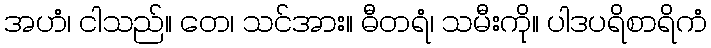
အဟံ၊ ငါသည်။ တေ၊ သင်အား။ ဓီတရံ၊ သမီးကို။ ပါဒပရိစာရိကံ